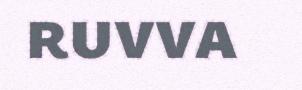
ruvva